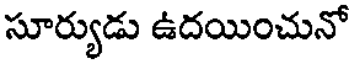
సూర్యుడు ఉదయించునో